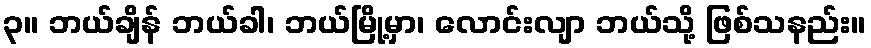
၃။ ဘယ်ချိန် ဘယ်ခါ၊ ဘယ်မြို့မှာ၊ လောင်းလျာ ဘယ်သို့ ဖြစ်သနည်း။